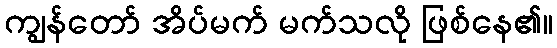
ကျွန်တော် အိပ်မက် မက်သလို ဖြစ်နေ၏။